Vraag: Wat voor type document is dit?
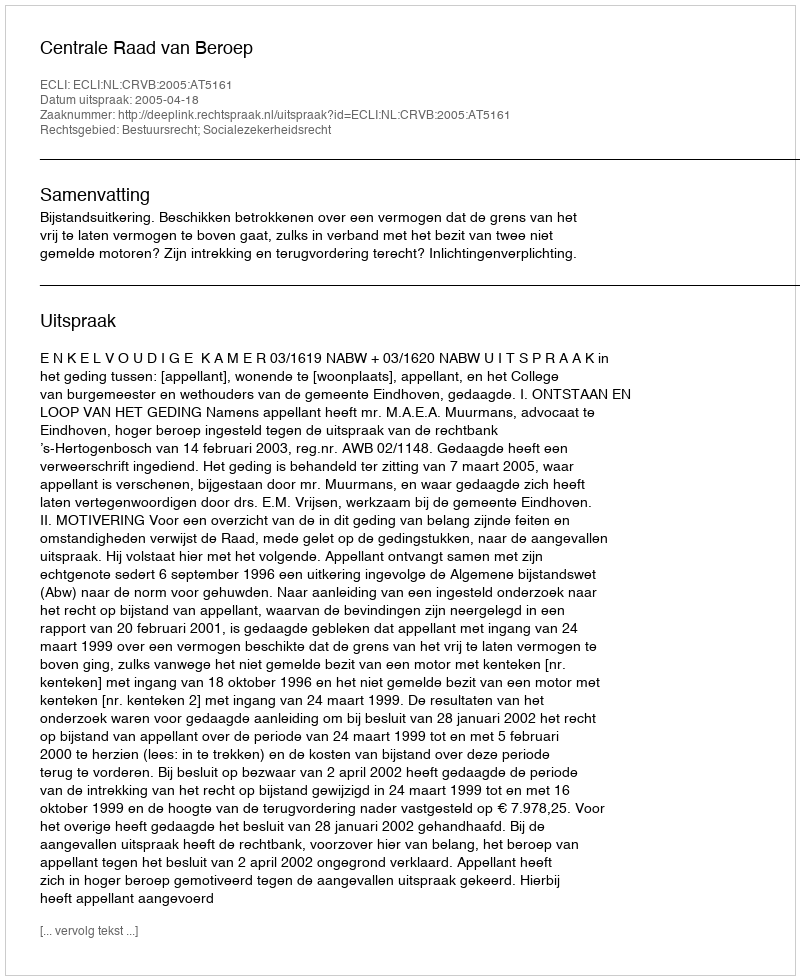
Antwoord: Uitspraak